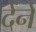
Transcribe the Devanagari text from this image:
देंनें